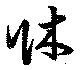
牀